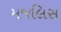
મજલિસ